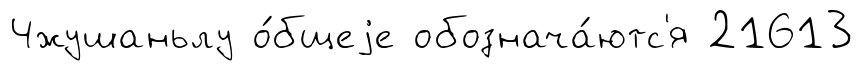
Чжушаньлу о́бщеjе обознача́ютс'я 21613